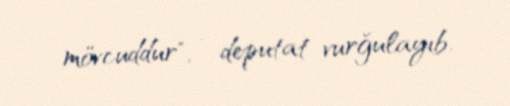
mövcuddur", - deputat vurğulayıb.